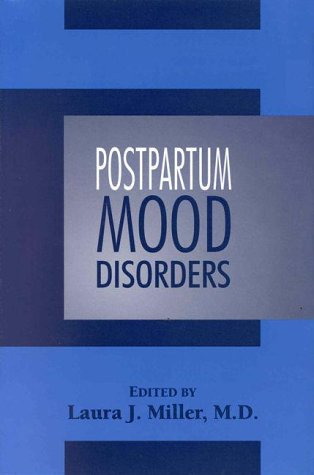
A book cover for Postpartum Mood Disorders (Clinical Practice); Laura J. Miller; Health, Fitness & Dieting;